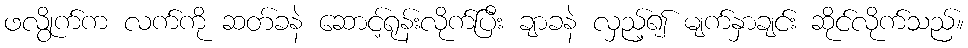
ဖလွိုက်က လက်ကို ဆတ်ခနဲ ဆောင့်ရုန်းလိုက်ပြီး ချာခနဲ လှည့်၍ မျက်နှာချင်း ဆိုင်လိုက်သည်။